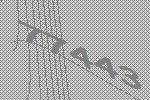
77443